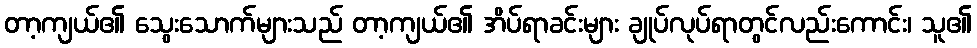
တာ့ကျယ်၏ သွေးသောက်များသည် တာ့ကျယ်၏ အိပ်ရာခင်းများ ချုပ်လုပ်ရာတွင်လည်းကောင်း၊ သူ၏